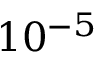
1 0 ^ { - 5 }